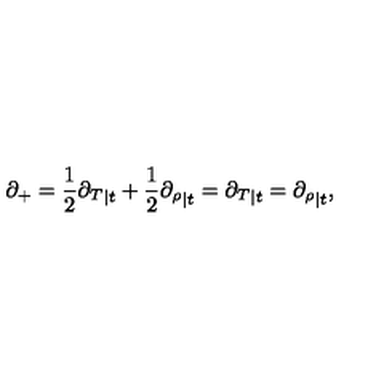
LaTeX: \partial _ { + } = \frac { 1 } { 2 } { \partial _ { T } } _ { | t } + \frac { 1 } { 2 } { \partial _ { \rho } } _ { | t } = { \partial _ { T } } _ { | t } = { \partial _ { \rho } } _ { | t } ,